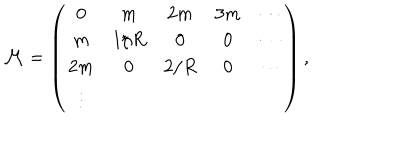
LaTeX: { \cal M } = \left( \begin{matrix} { { 0 } } & { { m } } & { { 2 m } } & { { 3 m } } & { { \cdots } } \\ { { m } } & { { 1 / R } } & { { 0 } } & { { 0 } } & { { \cdots } } \\ { { 2 m } } & { { 0 } } & { { 2 / R } } & { { 0 } } & { { \cdots } } \\ { { \vdots } } \\ \end{matrix} \right) ,